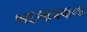
બદલાવવાના